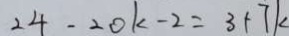
2 4 - 2 0 k - 2 = 3 + 7 k